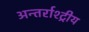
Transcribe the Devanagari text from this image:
अन्तर्राश्ट्रीय